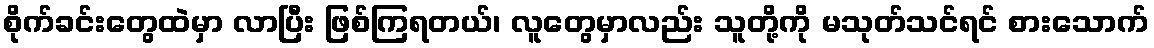
စိုက်ခင်းတွေထဲမှာ လာပြီး ဖြစ်ကြရတယ်၊ လူတွေမှာလည်း သူတို့ကို မသုတ်သင်ရင် စားသောက်